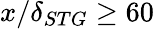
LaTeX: x/\delta_{STG}\geq 60